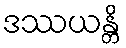
ဒဿယန္တိ